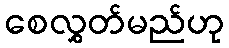
စေလွှတ်မည်ဟု